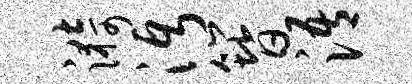
漪沔簪浯